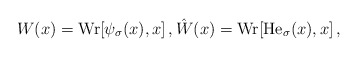
\begin{align*}W(x)={\rm Wr}[\psi_{\sigma}(x),x]\,,\hat W(x)={\rm Wr}[\mathrm{He}_{\sigma}(x),x]\,,\end{align*}